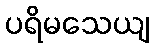
ပရိမသေယျ